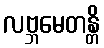
လဗ္ဘမေတန္တိ